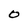
Character: O